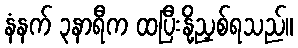
နံနက် ၃နာရီက ထပြီးနို့ညှစ်ရသည်။